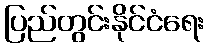
ပြည်တွင်းနိုင်ငံရေး